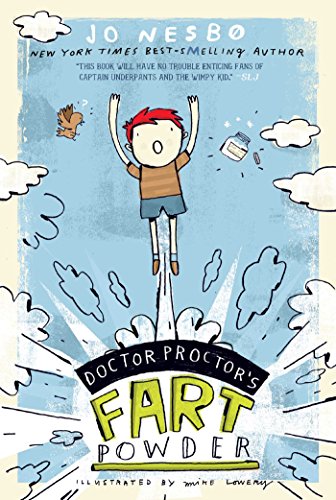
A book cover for Doctor Proctor's Fart Powder; Jo Nesbo; Humor & Entertainment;